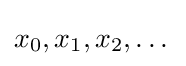
x_{0},x_{1},x_{2},\dots